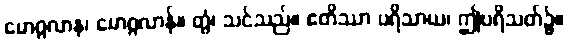
မောဂ္ဂလာန၊ မောဂ္ဂလာန်။ တွံ၊ သင်သည်။ ဧတိဿာ ပရိသာယ၊ ဤပရိသတ်၌။